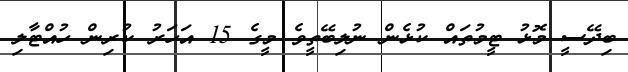
ބިދޭސީ މޮޅު ޓީމުތައް ކުޅެން ނުލިބޭތީވެ މީގެ 15 އަހަރު ކުރިން ހުއްޓާލި